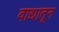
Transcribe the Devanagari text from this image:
वाद्यातून